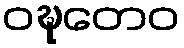
ဝဍ္ဎတေဝ